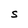
Character: S